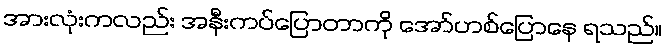
အားလုံးကလည်း အနီးကပ်ပြောတာကို အော်ဟစ်ပြောနေ ရသည်။